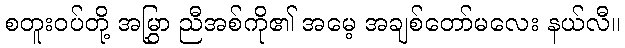
စတူးဝပ်တို့ အမြွှာ ညီအစ်ကို၏ အမေ့ အချစ်တော်မလေး နယ်လီ။